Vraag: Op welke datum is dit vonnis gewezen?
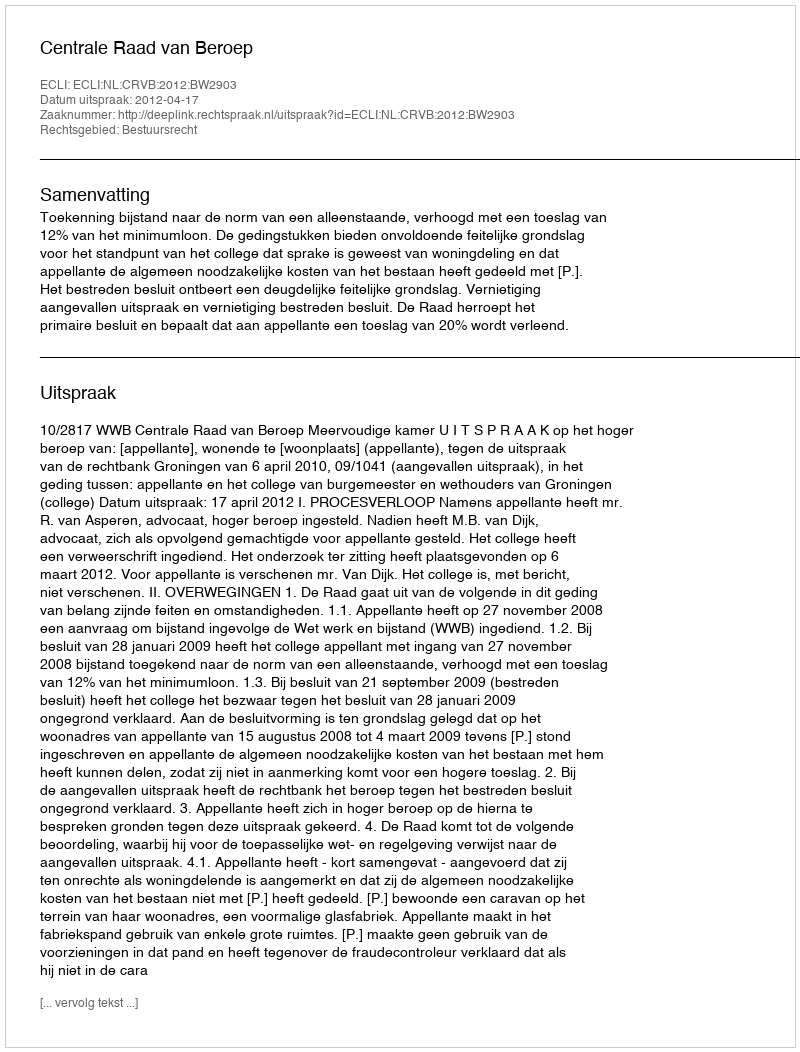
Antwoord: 2012-04-17